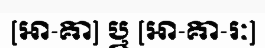
[អា-គា] ឬ [អា-គា-រៈ]